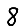
Digit: 8